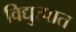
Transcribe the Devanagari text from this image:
विद्युत्पात